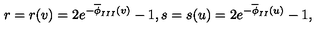
r = r ( v ) = 2 e ^ { - \overline { { \phi } } _ { I I I } ( v ) } - 1 , s = s ( u ) = 2 e ^ { - \overline { { \phi } } _ { I I } ( u ) } - 1 ,